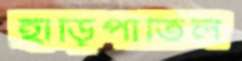
হাঁড়িপাতিল